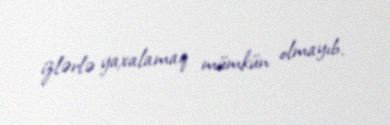
izlərlə yaxalamaq mümkün olmayıb.